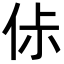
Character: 㑐